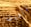
تأخرت